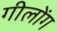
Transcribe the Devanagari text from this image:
गीलोंग